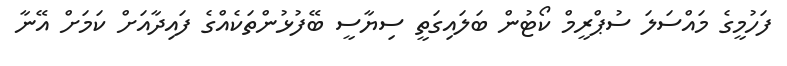
ފަހުމީގެ މައްސަލަ ސުޕްރީމް ކޯޓުން ބަލައިގަތީ ސިޔާސީ ބޭފުޅުންތަކެއްގެ ފައިދާއަށް ކަމަށް އޭނާ